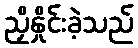
ညှိနှိုင်းခဲ့သည်